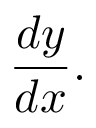
{ \frac { d y } { d x } } .